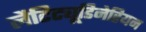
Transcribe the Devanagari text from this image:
लैटिट्यूडिनेरियन